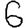
Digit: 6